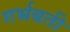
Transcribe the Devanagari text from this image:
गर्भबती